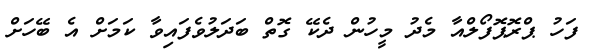
ފަހު ޕްރޮޕޮފޯލްއާ މެދު މީހުން ދެކޭ ގޮތް ބަދަލުވެފައިވާ ކަމަށް އެ ބޭހަށް